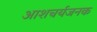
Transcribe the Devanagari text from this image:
आशचर्यजनक